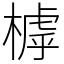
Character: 㯉